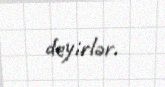
deyirlər.